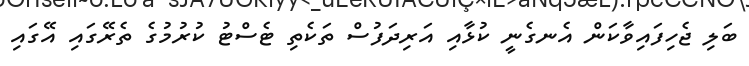
ބަލި ޖެހިފައިވާކަން އެނގެނީ ކުޅާއި އަރިދަފުސް ތަކެތި ޓެސްޓު ކުރުމުގެ ތެރޭގައި އޭގައި